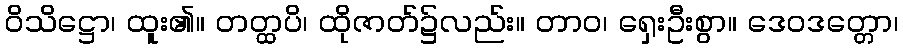
ဝိသိဋ္ဌော၊ ထူး၏။ တတ္ထပိ၊ ထိုဇာတ်၌လည်း။ တာဝ၊ ရှေးဦးစွာ။ ဒေဝဒတ္တော၊